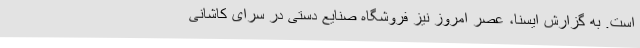
است. به گزارش ایسنا، عصر امروز نیز فروشگاه صنایع دستی در سرای کاشانی